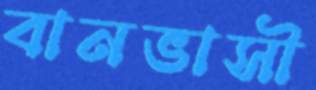
বানভাসী